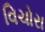
વિચોરા